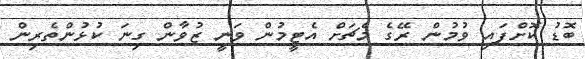
ބޮޑު ކޮށްފައި ވުމުން ރޭގެ މެޗަށް އެޓީމުން ވަނީ ޒުވާން ގިނަ ކުޅުންތެރިން